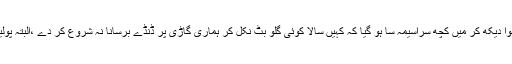
چند ڈنڈا بردار مسٹنڈوں کو اپنی گاڑی کے سامنے سے بھاگتا ہوا دیکھ کر میں کچھ سراسیمہ سا ہو گیا کہ کہیں سالا کوئی گلو بٹ نکل کر ہماری گاڑی پر ڈنڈے برسانا نہ شروع کر دے ،البتہ پولیس بڑی مستعدی کے ساتھ صورتِ حال کو ہینڈل کر رہی تھی۔